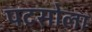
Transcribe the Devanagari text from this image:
पटसोला